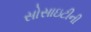
સોસાઇટીની